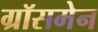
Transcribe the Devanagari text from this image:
ग्रॉसमेन